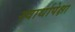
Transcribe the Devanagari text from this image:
स्वार्थापेक्षा